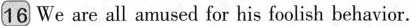
16 We are all amused for his foolish behavior.